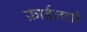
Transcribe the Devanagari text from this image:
फ़ाईलची